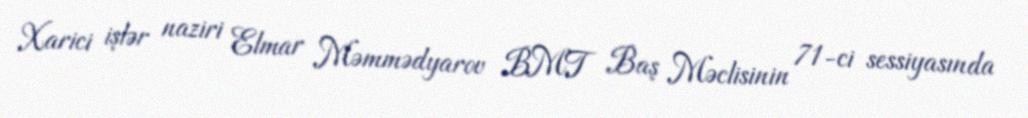
Xarici işlər naziri Elmar Məmmədyarov BMT Baş Məclisinin 71-ci sessiyasında